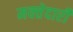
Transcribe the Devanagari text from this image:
मक्‍तेदारी